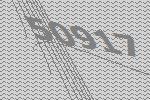
50917